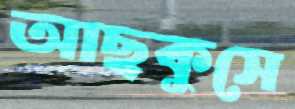
আছকুসে